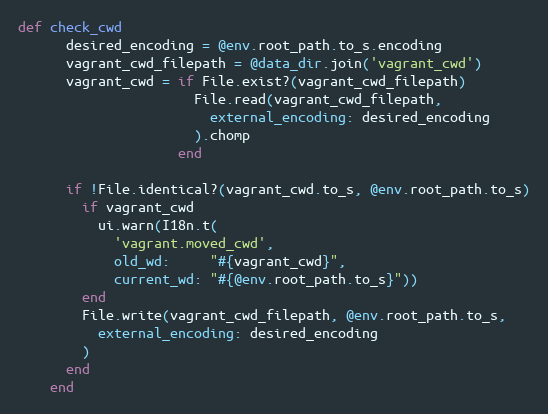
Language: Ruby
def check_cwd
      desired_encoding = @env.root_path.to_s.encoding
      vagrant_cwd_filepath = @data_dir.join('vagrant_cwd')
      vagrant_cwd = if File.exist?(vagrant_cwd_filepath)
                      File.read(vagrant_cwd_filepath,
                        external_encoding: desired_encoding
                      ).chomp
                    end

      if !File.identical?(vagrant_cwd.to_s, @env.root_path.to_s)
        if vagrant_cwd
          ui.warn(I18n.t(
            'vagrant.moved_cwd',
            old_wd:     "#{vagrant_cwd}",
            current_wd: "#{@env.root_path.to_s}"))
        end
        File.write(vagrant_cwd_filepath, @env.root_path.to_s,
          external_encoding: desired_encoding
        )
      end
    end